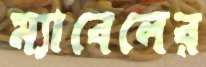
ম্যাবেলের